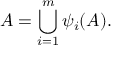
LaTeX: A = \bigcup _ { i = 1 } ^ { m } \psi _ { i } ( A ) .